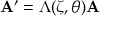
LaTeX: \mathbf { A } ^ { \prime } = \Lambda ( { \boldsymbol { \zeta } } , { \boldsymbol { \theta } } ) \mathbf { A }